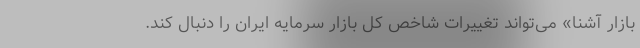
بازار آشنا» می‌تواند تغییرات شاخص کل بازار سرمایه ایران را دنبال ‌کند.